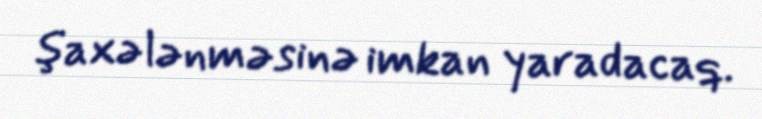
şaxələnməsinə imkan yaradacaq.